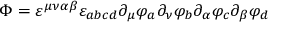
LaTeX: \Phi = \varepsilon ^ { \mu \nu \alpha \beta } \varepsilon _ { a b c d } \partial _ { \mu } \varphi _ { a } \partial _ { \nu } \varphi _ { b } \partial _ { \alpha } \varphi _ { c } \partial _ { \beta } \varphi _ { d }